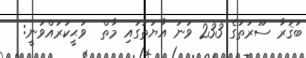
ބަޤަރާ ސޫރަތުގެ 233 ވަނަ އާޔަތުގައި މާތް  ވަޙީކުރައްވަނީ: